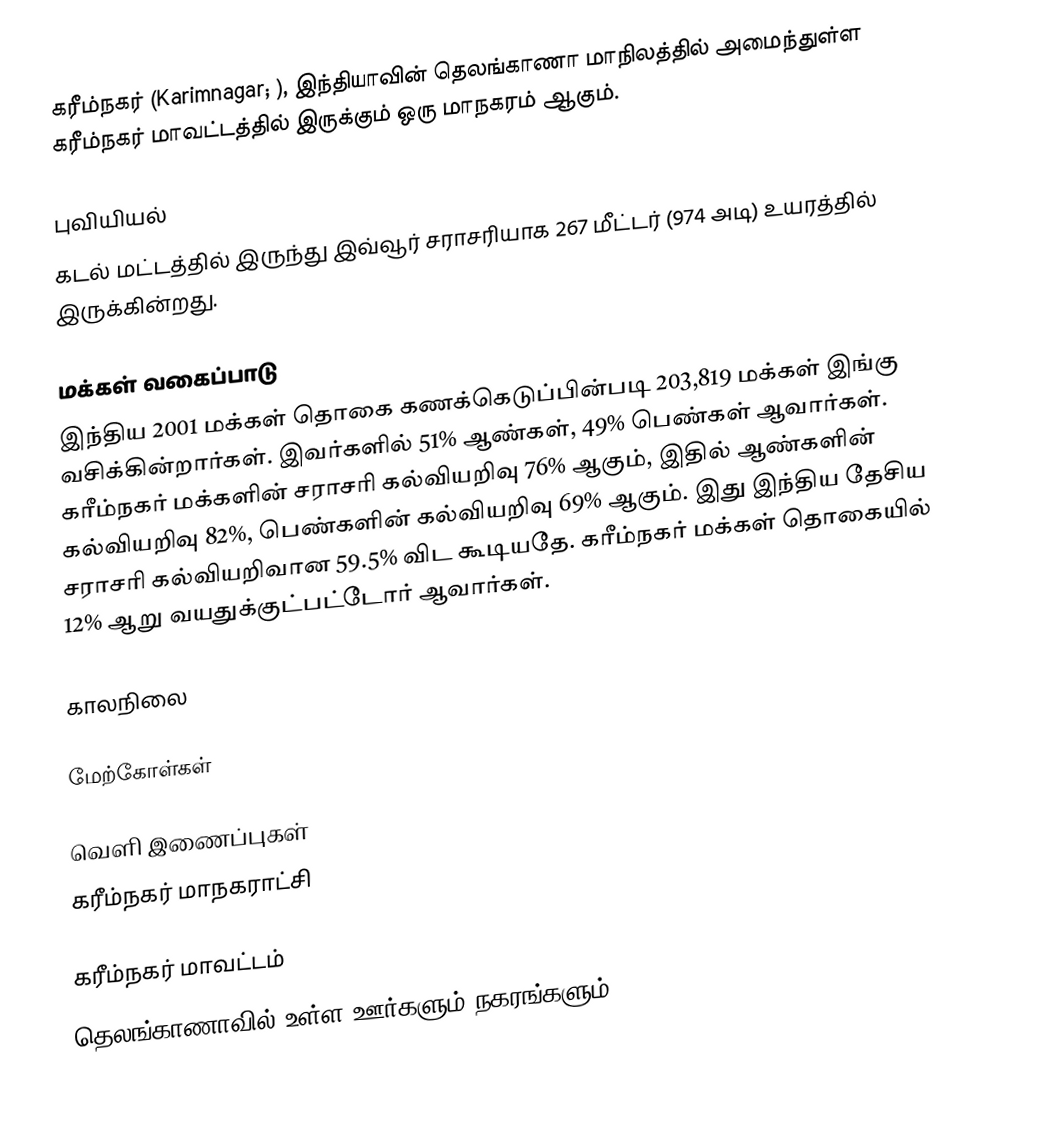
கரீம்நகர் (Karimnagar; ), இந்தியாவின் தெலங்காணா மாநிலத்தில் அமைந்துள்ள கரீம்நகர் மாவட்டத்தில் இருக்கும் ஒரு மாநகரம் ஆகும்.

புவியியல்
 கடல் மட்டத்தில் இருந்து இவ்வூர் சராசரியாக 267 மீட்டர் (974 அடி) உயரத்தில் இருக்கின்றது.

மக்கள் வகைப்பாடு
இந்திய 2001 மக்கள் தொகை கணக்கெடுப்பின்படி 203,819 மக்கள் இங்கு வசிக்கின்றார்கள். இவர்களில் 51% ஆண்கள், 49% பெண்கள் ஆவார்கள். கரீம்நகர் மக்களின் சராசரி கல்வியறிவு 76% ஆகும்,  இதில் ஆண்களின் கல்வியறிவு 82%,  பெண்களின் கல்வியறிவு 69% ஆகும். இது இந்திய தேசிய சராசரி கல்வியறிவான 59.5% விட கூடியதே. கரீம்நகர் மக்கள் தொகையில் 12%  ஆறு வயதுக்குட்பட்டோர் ஆவார்கள்.

காலநிலை

மேற்கோள்கள்

வெளி இணைப்புகள்
கரீம்நகர் மாநகராட்சி

கரீம்நகர் மாவட்டம்
தெலங்காணாவில் உள்ள ஊர்களும் நகரங்களும்